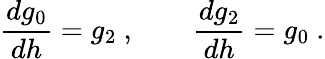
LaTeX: \frac{dg_{0}}{dh}=g_{2}~,\qquad\frac{dg_{2}}{dh}=g_{0}~.